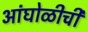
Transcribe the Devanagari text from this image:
आंघोळीची